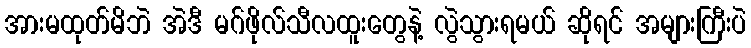
အားမထုတ်မိဘဲ အဲဒီ မဂ်ဖိုလ်သီလထူးတွေနဲ့ လွဲသွားရမယ် ဆိုရင် အများကြီးပဲ